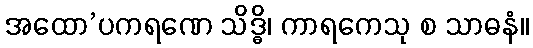
အထော’ပကရဏေ သိဒ္ဓိ၊ ကာရကေသု စ သာဓနံ။